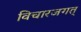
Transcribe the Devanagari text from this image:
विचारजगत्‌